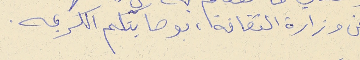
عن وزارة الثقافة، بوصايتكم الكريمه.